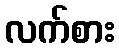
လက်စား